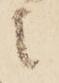
に